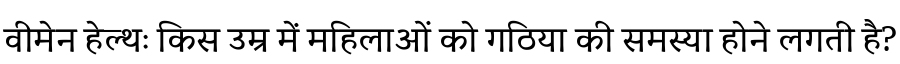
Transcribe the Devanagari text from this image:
वीमेन हेल्थः किस उम्र में महिलाओं को गठिया की समस्या होने लगती है?